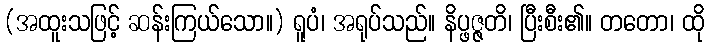
(အထူးသဖြင့် ဆန်းကြယ်သော။) ရူပံ၊ အရုပ်သည်။ နိပ္ဖဇ္ဇတိ၊ ပြီးစီး၏။ တတော၊ ထို